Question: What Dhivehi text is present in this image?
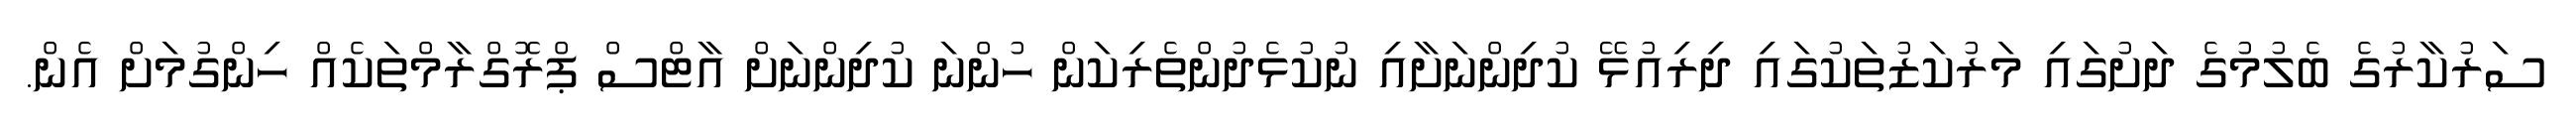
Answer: ސަރުކާރުގެ ބެލުމުގެ ދަށުގައި މަރުކަޒުތަކުގައި ދިރިއުޅޭ ކުދިންނަށާއި ނުކުޅެދުންތެރިކަން ހުންނަ ކުދިންނަށް އާޓްސް ޕްރޮގްރާމްތަކެއް ހިންގުމަށް އެން.